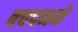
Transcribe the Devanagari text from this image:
बचपनमे